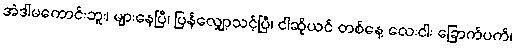
အဲဒါမကောင်းဘူး၊ များနေပြီ၊ ပြန်လျှော့သင့်ပြီ၊ ငါဆိုယင် တစ်နေ့ လေးငါး ခြောက်ပက်၊